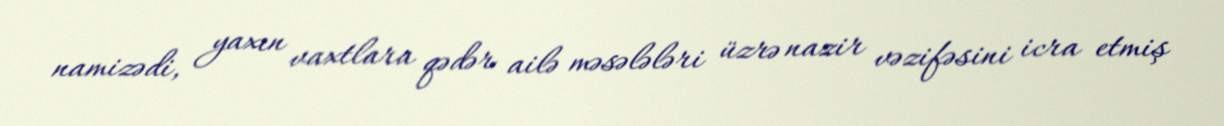
namizədi, yaxın vaxtlara qədər ailə məsələləri üzrə nazir vəzifəsini icra etmiş